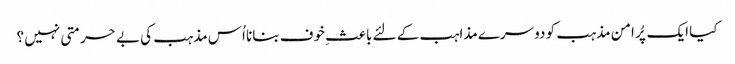
کیا ایک پُر امن مذہب کو دوسرے مذاہب کے لئے باعثِ خوف بنانا اُس مذہب کی بے حرمتی نہیں ؟